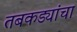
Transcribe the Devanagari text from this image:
तबकड्यांचा